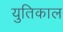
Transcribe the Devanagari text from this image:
युतिकाल